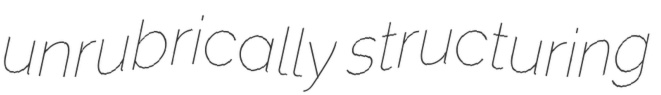
unrubrically structuring